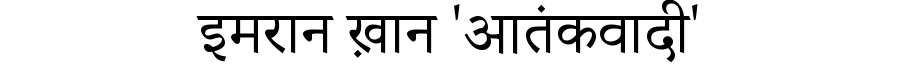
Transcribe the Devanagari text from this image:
इमरान ख़ान 'आतंकवादी'